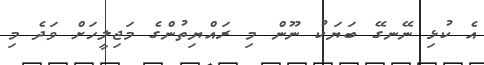
އެ ކުޅި ނޭނގޭ ބަޔަކު ނޫން މި ރައްޔިތުންގެ މަޖިލީހަށް ވަދެ މި